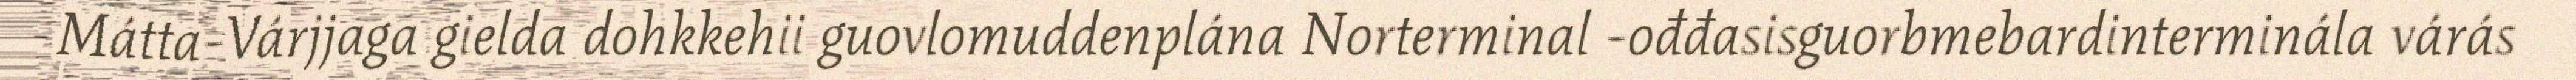
Mátta-Várjjaga gielda dohkkehii guovlomuddenplána Norterminal -ođđasisguorbmebardinterminála várás